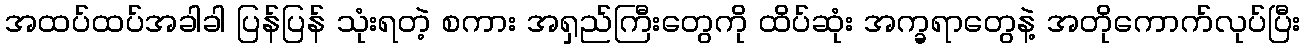
အထပ်ထပ်အခါခါ ပြန်ပြန် သုံးရတဲ့ စကား အရှည်ကြီးတွေကို ထိပ်ဆုံး အက္ခရာတွေနဲ့ အတိုကောက်လုပ်ပြီး